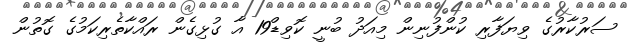
ސަރުކާރުގެ ވިޔަފާރި ކުންފުނިން މިއަދު ބުނީ ކޮވިޑް19 އާ ގުޅިގެން ރައްކާތެރިކަމުގެ ގޮތުން